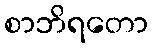
စာဘိရတော